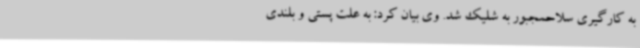
به کارگیری سلاحمجبور به شلیک شد. وی بیان کرد: به علت پستی و بلندی